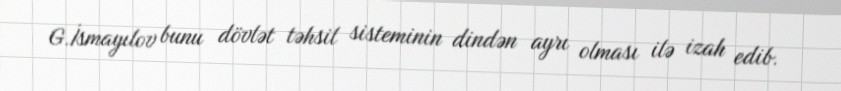
G.İsmayılov bunu dövlət təhsil sisteminin dindən ayrı olması ilə izah edib.